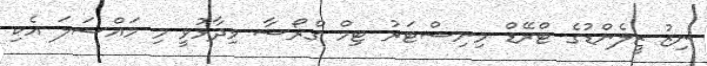
ނިޒު ޒީލެންޑުގެ ޓްރޭޑް މިނިސްޓަރު ޓިމް ގްރޯސާ ވިދާޅުވީ މި މައްސަލަ އެކި